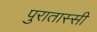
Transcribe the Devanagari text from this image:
पुरातास्सी